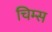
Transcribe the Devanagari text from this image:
चिम्स